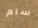
سام